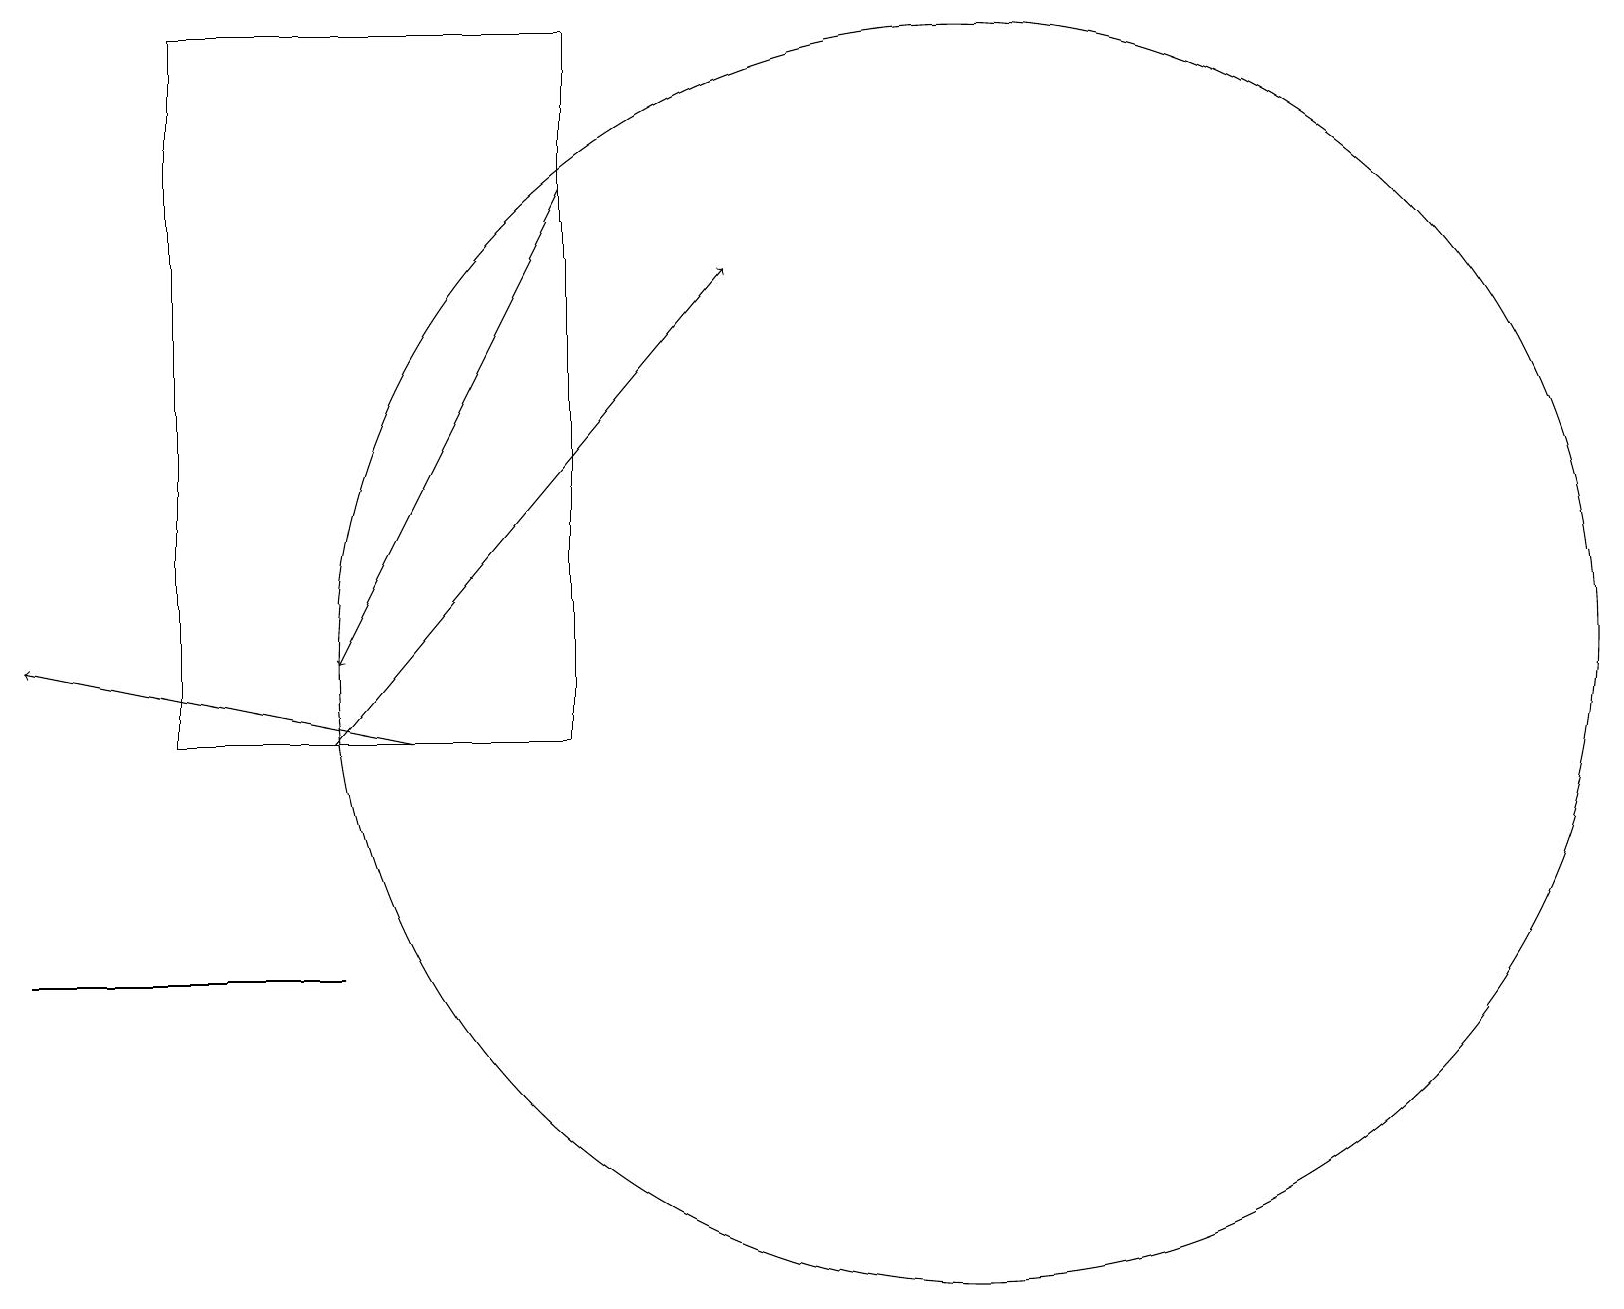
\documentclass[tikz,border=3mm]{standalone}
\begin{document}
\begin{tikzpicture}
\draw[->] (5,10) -- (0,11);
\draw (7,10) rectangle (2,19);
\draw[->] (4,10) -- (9,16);
\draw[->] (7,17) -- (4,11);
\draw (4,7) -- (3,7) -- (0,7) -- cycle;
\draw (12,11) circle (8);
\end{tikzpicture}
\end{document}